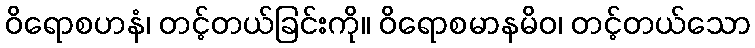
ဝိရောစဟနံ၊ တင့်တယ်ခြင်းကို။ ဝိရောစမာနမိဝ၊ တင့်တယ်သော